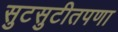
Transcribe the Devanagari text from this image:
सुटसुटीतपणा